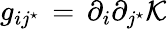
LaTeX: g_{ij^{\star}}\, =\, \partial_{i}\partial_{j^{\star}}{\cal K}